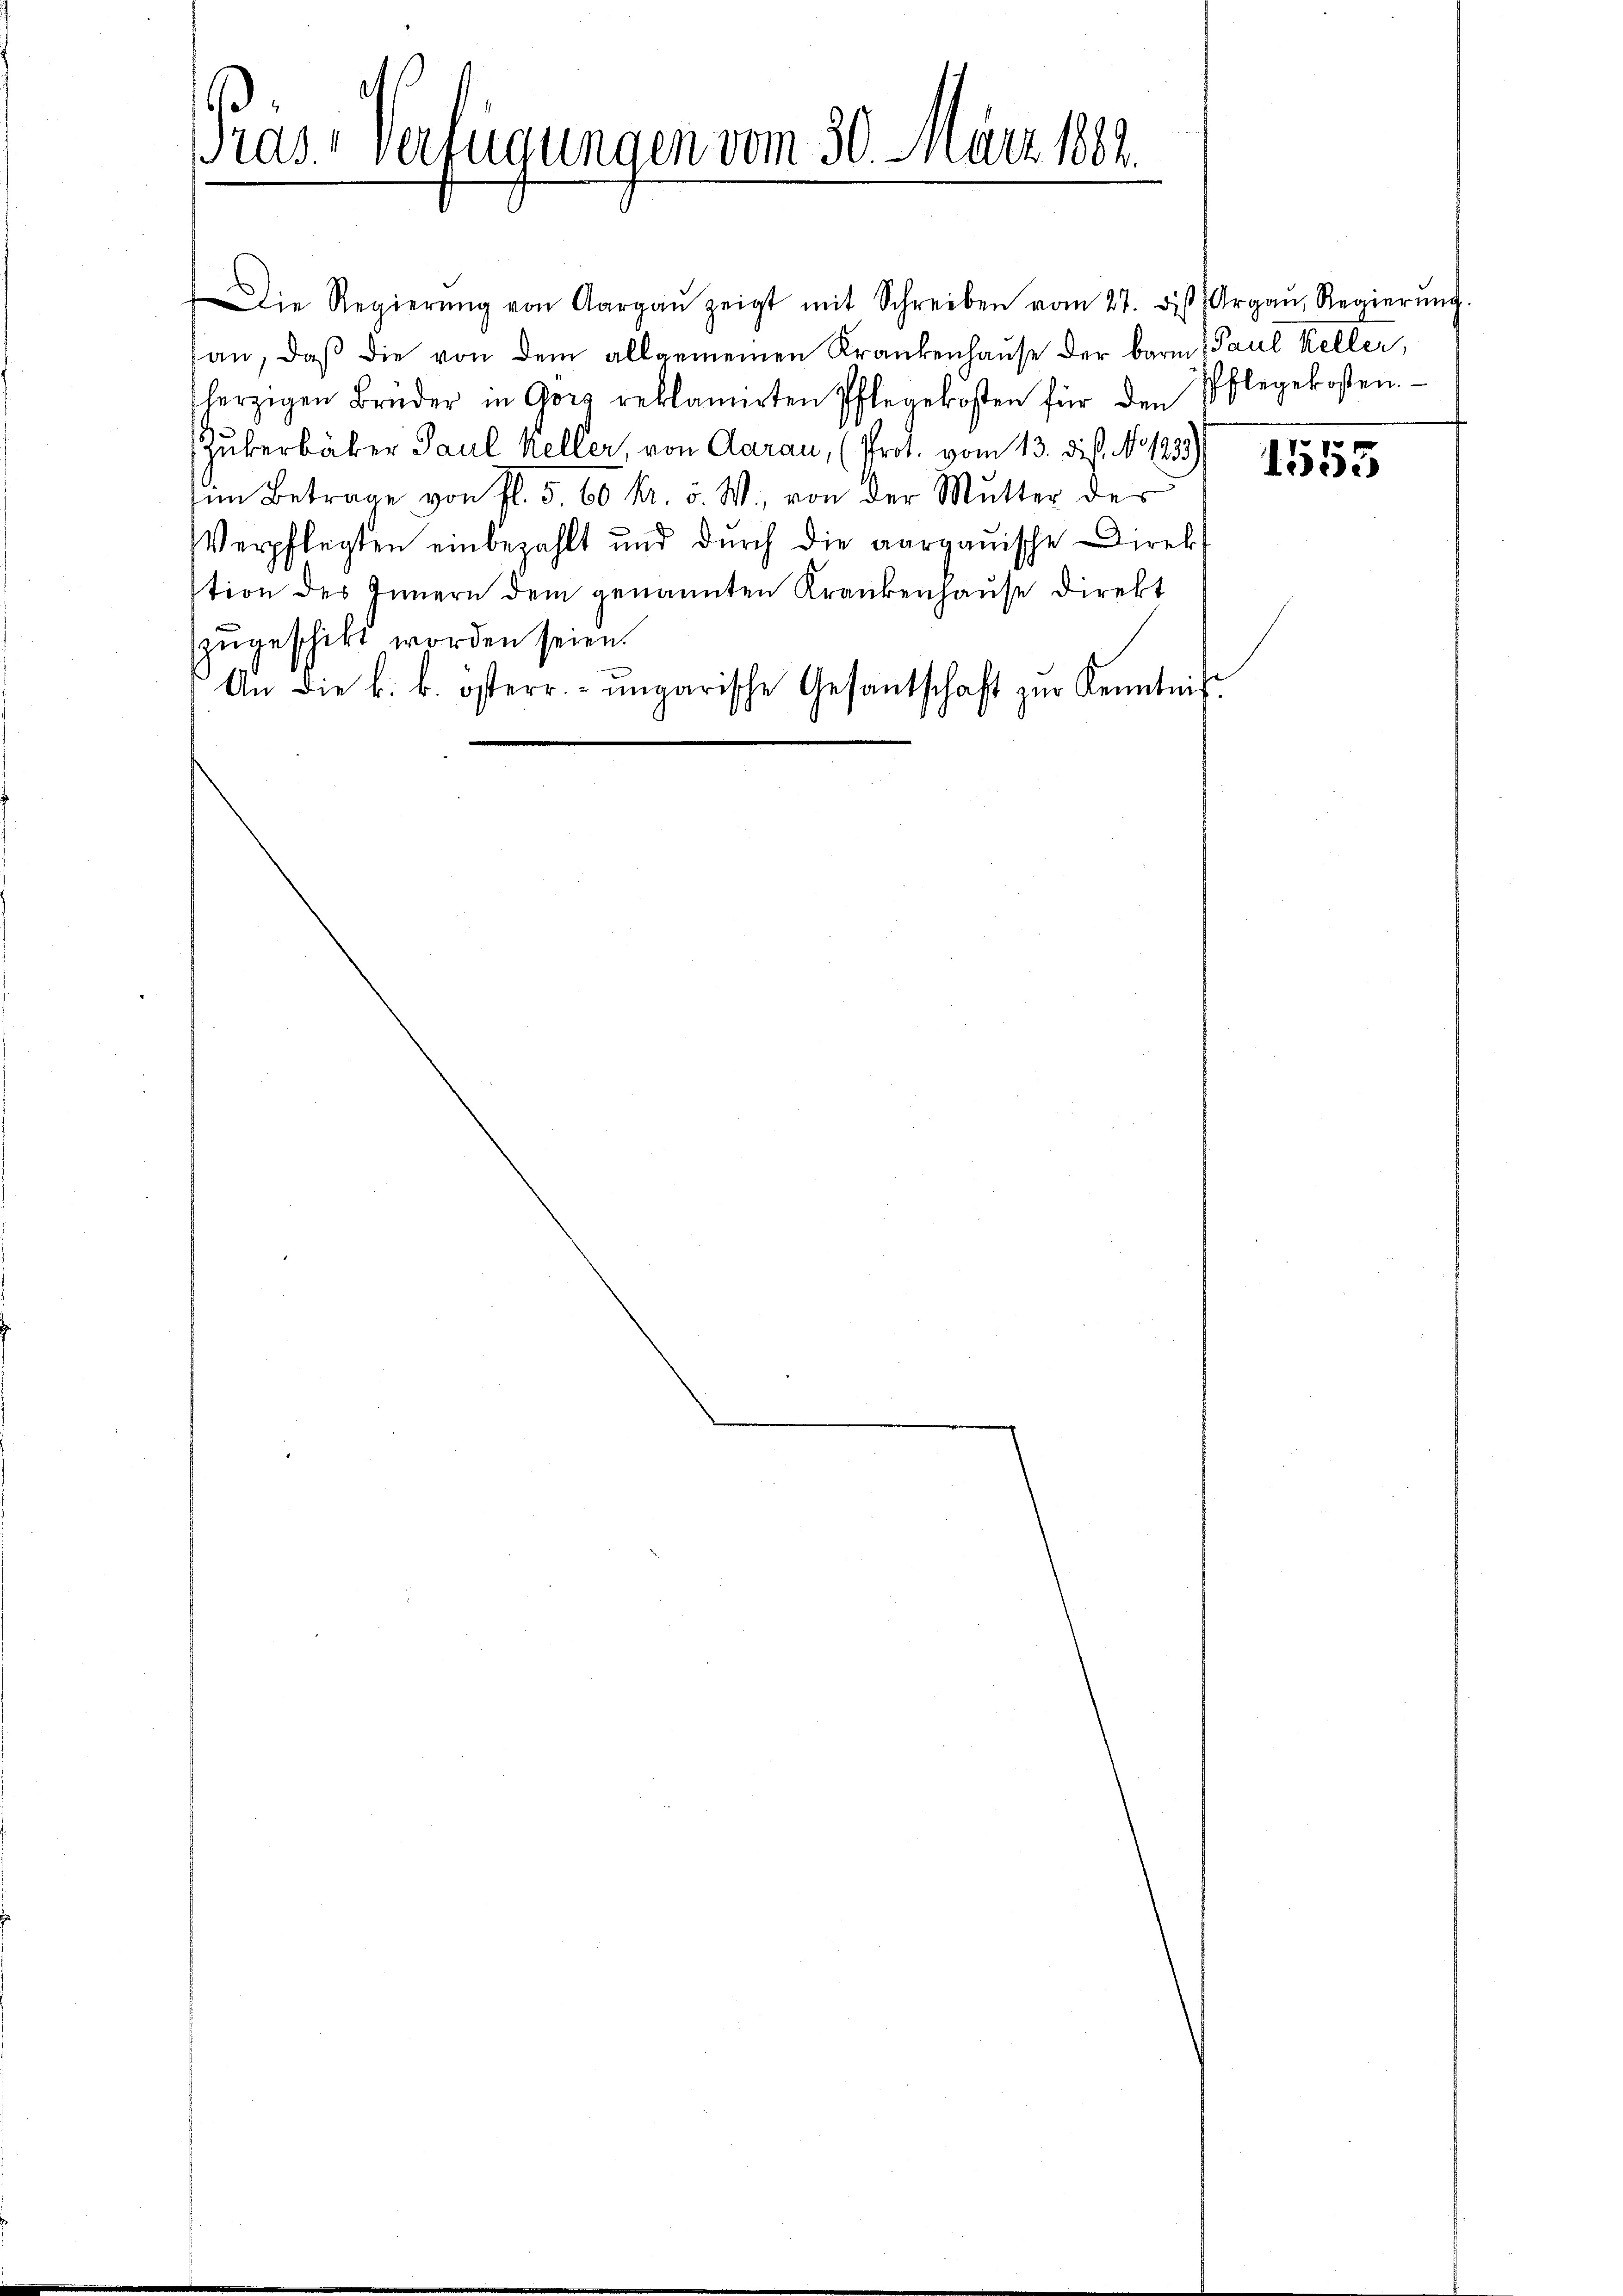
ras." verfügungen vom 30. März 1882.

Die Regierŭng von Aargaŭ zeigt mit Schreiben vom 27. diβ Argaŭ, Regierŭng.
an, daß die von dem allgemeinen Krankenhause der barm Paul Keller,
herzigen Brüder in Gorg reklamirten Pflegekosten für den Pflegekosten.
Zukerbäter Paul Keller, von Aarau, (Prot. vom 13. die No 1239)
im Betrage von fl. 5, 60 kr. v. M., von der Mutter der
Verpflegten einbezahlt und dŭrch die aargauische Direkt
stion des Innern dem genannten Krankenhaŭse direkt
zzugeschickt worden seien.
An die k. k. österr. ungarische Gesandschaft zur Kenntnis